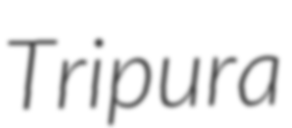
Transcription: Tripura